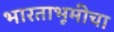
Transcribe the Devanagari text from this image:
भारताभूमीचा